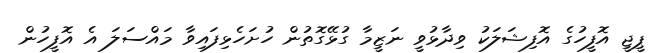
ޕީޖީ އޮފީހުގެ އޮފިޝަލަކު ވިދާޅުވީ ނަޒީމާ ގުޅޭގޮތުން ހުށަހެޅިފައިވާ މައްސަލަ އެ އޮފީހުން